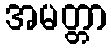
အမတ္တာ